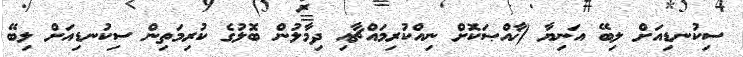
ސިކުނޑިއަށް ލިބޭ އަނިޔާ (ޚާއްޞަކޮށް ނިއްކުރިމައްޗާއި ދިމާލުން ބޮލުގެ ކުރިމަތިން ސިކުނޑިއަށް ލިބޭ